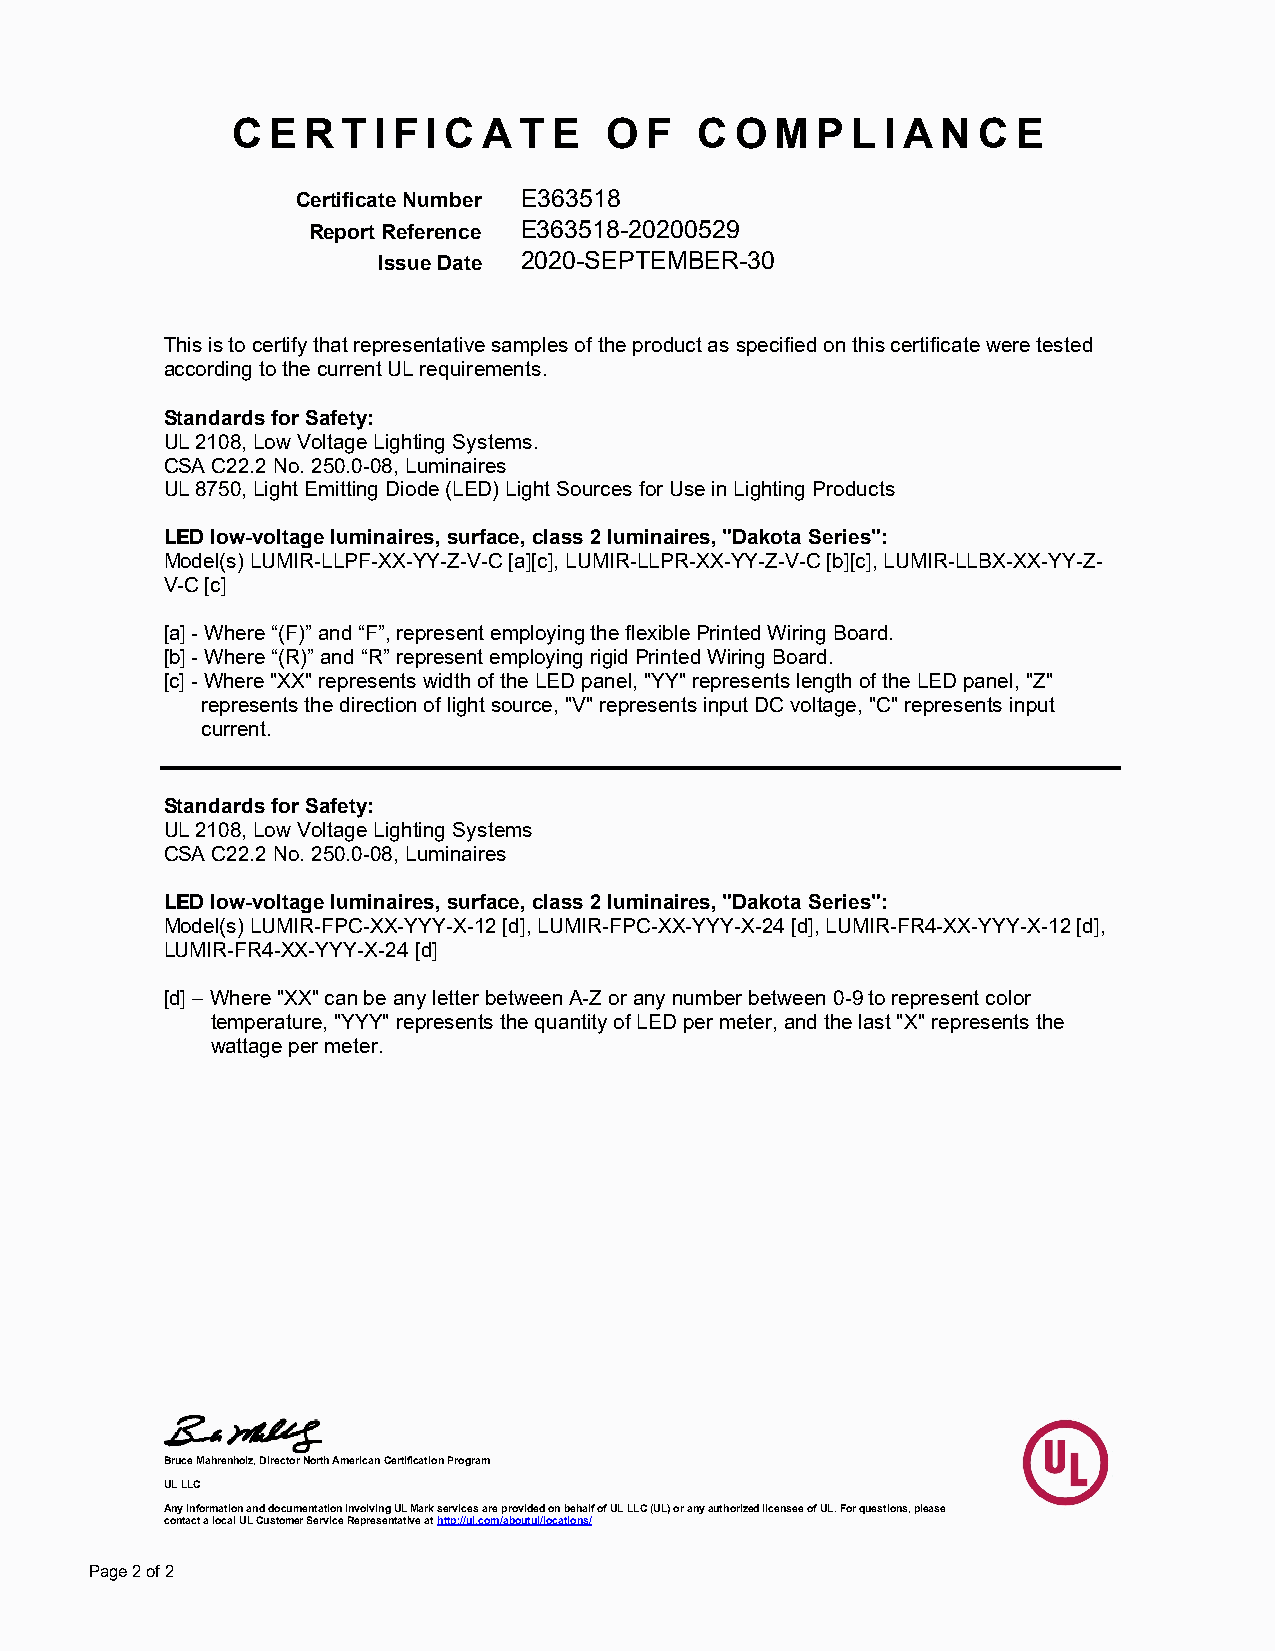
C  E R  T I F I C A T E  O  F  C  O M  P L  I A N C E
 Certificate Number E363518
 Report Reference E363518-20200529
 Issue Date 2020-SEPTEMBER-30
 This is to certify that representative samples of the product as specified on this certificate were tested
 according to the current UL requirements.
 Standards for Safety:
 UL 2108, Low Voltage Lighting Systems.
 CSA C22.2 No. 250.0-08, Luminaires
 UL 8750, Light Emitting Diode (LED) Light Sources for Use in Lighting Products
 LED low-voltage luminaires, surface, class 2 luminaires, "Dakota Series":
 Model(s) LUMIR-LLPF-XX-YY-Z-V-C [a][c], LUMIR-LLPR-XX-YY-Z-V-C [b][c], LUMIR-LLBX-XX-YY-Z-
 V-C [c]
 [a] - Where “(F)” and “F”, represent employing the flexible Printed Wiring Board.
 [b] - Where “(R)” and “R” represent employing rigid Printed Wiring Board.
 [c] - Where "XX" represents width of the LED panel, "YY" represents length of the LED panel, "Z"
 represents the direction of light source, "V" represents input DC voltage, "C" represents input
 current.
 Standards for Safety:
 UL 2108, Low Voltage Lighting Systems
 CSA C22.2 No. 250.0-08, Luminaires
 LED low-voltage luminaires, surface, class 2 luminaires, "Dakota Series":
 Model(s) LUMIR-FPC-XX-YYY-X-12 [d], LUMIR-FPC-XX-YYY-X-24 [d], LUMIR-FR4-XX-YYY-X-12 [d],
 LUMIR-FR4-XX-YYY-X-24 [d]
 [d] – Where "XX" can be any letter between A-Z or any number between 0-9 to represent color
 temperature, "YYY" represents the quantity of LED per meter, and the last "X" represents the
 wattage per meter.
 Bruce Mahrenholz, Director North American Certification Program
 UL LLC
 Any information and documentation involving UL Mark services are provided on behalf of UL LLC (UL) or any authorized licensee of UL. For questions, please
 contact a local UL Customer Service Representative at http://ul.com/aboutul/locations/
 Page 2 of 2